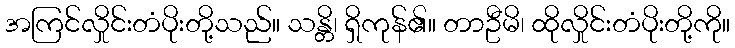
အကြင်လှိုင်းတံပိုးတို့သည်။ သန္တိ၊ ရှိကုန်၏။ တာဦမိ၊ ထိုလှိုင်းတံပိုးတို့ကို။